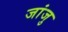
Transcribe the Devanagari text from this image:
जांजु